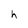
Character: h